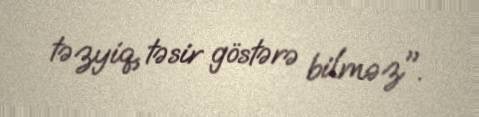
təzyiq, təsir göstərə bilməz".